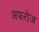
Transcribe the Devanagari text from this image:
अफरोज